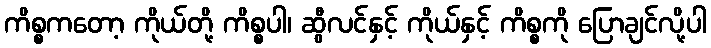
ကိစ္စကတော့ ကိုယ်တို့ ကိစ္စပါ၊ ဆွီလင်နှင့် ကိုယ်နှင့် ကိစ္စကို ပြောချင်လို့ပါ